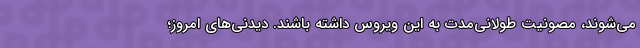
می‌شوند، مصونیت طولانی‌مدت به این ویروس داشته باشند. دیدنی‌های امروز؛